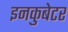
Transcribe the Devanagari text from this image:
इनकुबेटर